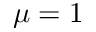
\mu = 1